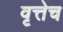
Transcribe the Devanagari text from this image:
वृत्तेच